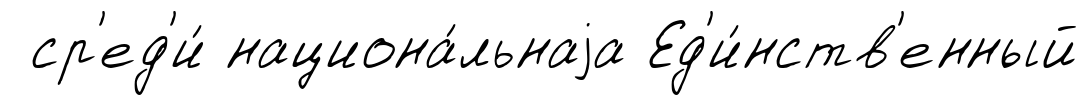
ср'ед'и́ национа́льнаjа Ед'и́нств'енный